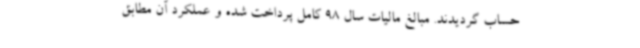
حساب گردیدند. مبالغ مالیات سال 98 کامل پرداخت شده و عملکرد آن مطابق